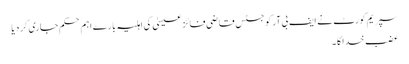
سپریم کورٹ نے ایف بی آر کو جسٹس قاضی فائز عیسیٰ کی اہلیہ بارے اہم حکم جاری کر دیا
عضب خدا کا ۔